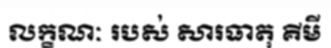
លក្ខណៈ របស់ សារធាតុ គីមី